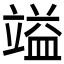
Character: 𮄷